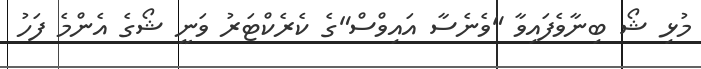
މުޅި ޝޯ ބިނާވެފައިވާ "ވެނެސާ އައިވްސް"ގެ ކެރެކްޓަރު ވަނީ ޝޯގެ އެންމެ ފަހު